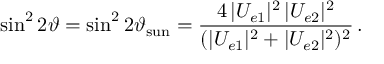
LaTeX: \sin ^ { 2 } 2 \vartheta = \sin ^ { 2 } 2 \vartheta _ { \mathrm { s u n } } = \frac { 4 \, | U _ { e 1 } | ^ { 2 } \, | U _ { e 2 } | ^ { 2 } } { ( | U _ { e 1 } | ^ { 2 } + | U _ { e 2 } | ^ { 2 } ) ^ { 2 } } \, .